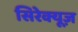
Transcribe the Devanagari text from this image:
सिरेक्यूज़